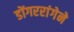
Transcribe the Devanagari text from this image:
डोंगररांगेने